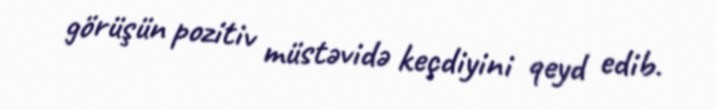
görüşün pozitiv müstəvidə keçdiyini qeyd edib.